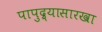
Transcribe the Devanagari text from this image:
पापुद्र्यासारखा